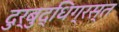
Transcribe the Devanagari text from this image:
दुर्बुद्धिग्रस्त